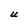
Character: U